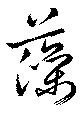
藻